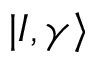
| I , \gamma \rangle